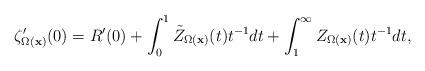
LaTeX: \begin{align*}\zeta'_{{\Omega({\bf x})}} (0)= R'(0) + \int_{0}^{1} \tilde Z_{{\Omega({\bf x})}}(t) t^{-1}dt + \int_{1}^{\infty} Z_{{\Omega({\bf x})}}(t) t^{-1}dt,\end{align*}